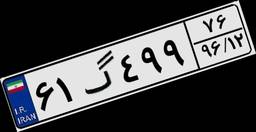
۶۱گ۴۹۹۷۶